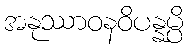
အနုဿာဝနဝိပန္နမ္ပိ